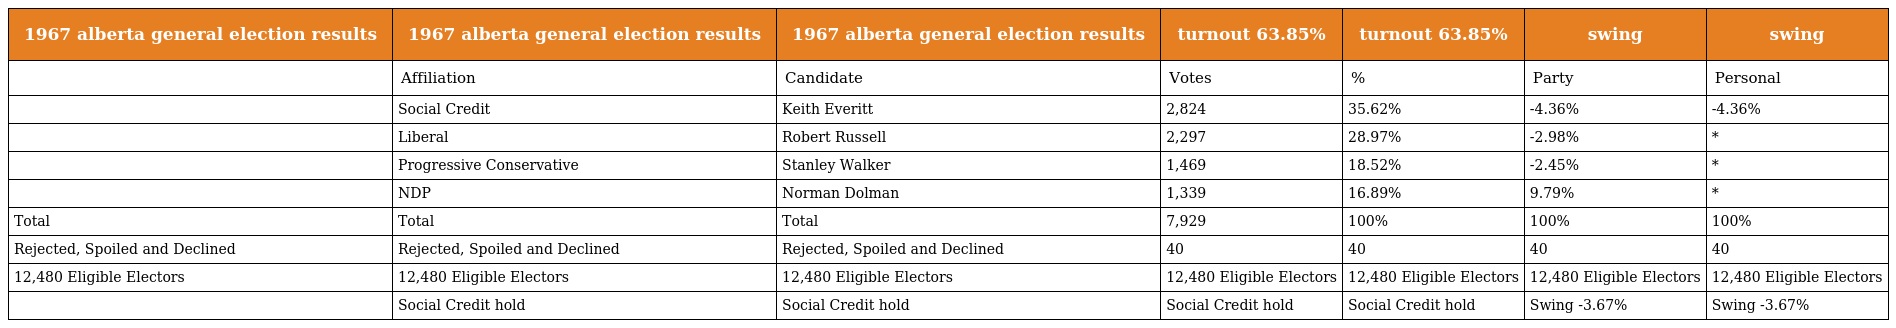
| 1967 alberta general election results | 1967 alberta general election results | 1967 alberta general election results | turnout 63.85% | turnout 63.85% | swing | swing |
 | --- | --- | --- | --- | --- | --- | --- |
 |  | Affiliation | Candidate | Votes | % | Party | Personal |
 |  | Social Credit | Keith Everitt | 2,824 | 35.62% | -4.36% | -4.36% |
 |  | Liberal | Robert Russell | 2,297 | 28.97% | -2.98% | * |
 |  | Progressive Conservative | Stanley Walker | 1,469 | 18.52% | -2.45% | * |
 |  | NDP | Norman Dolman | 1,339 | 16.89% | 9.79% | * |
 | Total | Total | Total | 7,929 | 100% | 100% | 100% |
 | Rejected, Spoiled and Declined | Rejected, Spoiled and Declined | Rejected, Spoiled and Declined | 40 | 40 | 40 | 40 |
 | 12,480 Eligible Electors | 12,480 Eligible Electors | 12,480 Eligible Electors | 12,480 Eligible Electors | 12,480 Eligible Electors | 12,480 Eligible Electors | 12,480 Eligible Electors |
 |  | Social Credit hold | Social Credit hold | Social Credit hold | Social Credit hold | Swing -3.67% | Swing -3.67% |